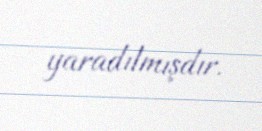
yaradılmışdır.